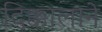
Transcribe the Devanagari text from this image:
दिक्कालाने